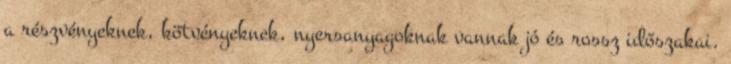
a részvényeknek, kötvényeknek, nyersanyagoknak vannak jó és rossz időszakai.